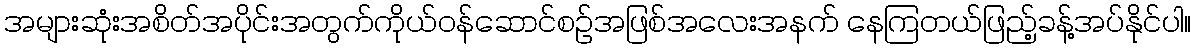
အများဆုံးအစိတ်အပိုင်းအတွက်ကိုယ်ဝန်ဆောင်စဉ်အဖြစ်အလေးအနက် နေကြတယ်ဖြည့်ခန့်အပ်နိုင်ပါ။